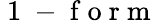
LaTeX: \mathrm{~1~-~f~o~r~m~}